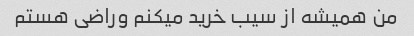
من همیشه از سیب خرید میکنم وراضی هستم